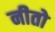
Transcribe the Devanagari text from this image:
नीतो